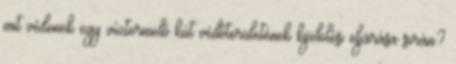
mit védenek egy víztermelő kút védőterületének kijelölési eljárása során?